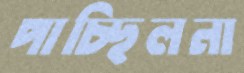
পাচ্ছিলনা